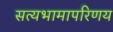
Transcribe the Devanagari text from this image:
सत्यभामापरिणय